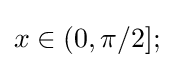
x\in (0,\pi /2];